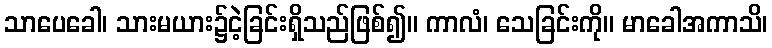
သာပေခေါ၊ သားမယား၌ငဲ့ခြင်းရှိသည်ဖြစ်၍။ ကာလံ၊ သေခြင်းကို။ မာခေါအကာသိ၊